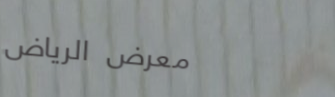
معرض الرياض